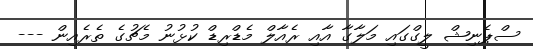
ސްޕެނިޝް ލީގްގައި މަލާގާ އާއި ރެއާލް މެޑްރިޑް ކުޅުނު މެޗުގެ ތެރެއިން ---